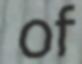
of